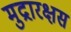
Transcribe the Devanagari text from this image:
मुद्रारक्षस